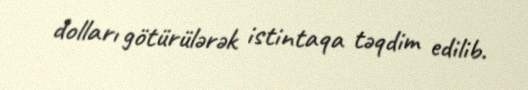
dolları götürülərək istintaqa təqdim edilib.